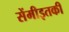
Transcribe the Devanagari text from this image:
सेंमीइतकी